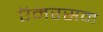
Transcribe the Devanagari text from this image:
ऍमरसन